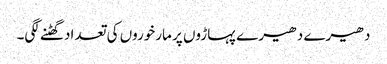
دھیرے دھیرے پہاڑوں پر مارخوروں کی تعداد گھٹنے لگی۔